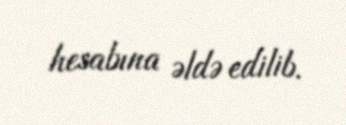
hesabına əldə edilib.